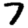
Digit: 7